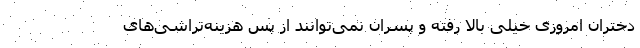
دختران امروزی خیلی بالا رفته و پسران نمی‌توانند از پس هزینه‌تراشی‌های